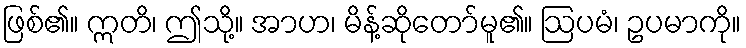
ဖြစ်၏။ ဣတိ၊ ဤသို့။ အာဟ၊ မိန့်ဆိုတော်မူ၏။ ဩပမံ၊ ဥပမာကို။